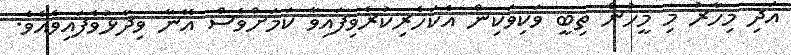
އަދި މިހާރު މި މީހުން ތިބީ ވަކިވަކިން އެކަހެރިކުރެވިފައިވާ ކަމަށްވެސް އޭނާ ވިދާޅުވެފައިވެއެވެ.